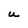
Character: U